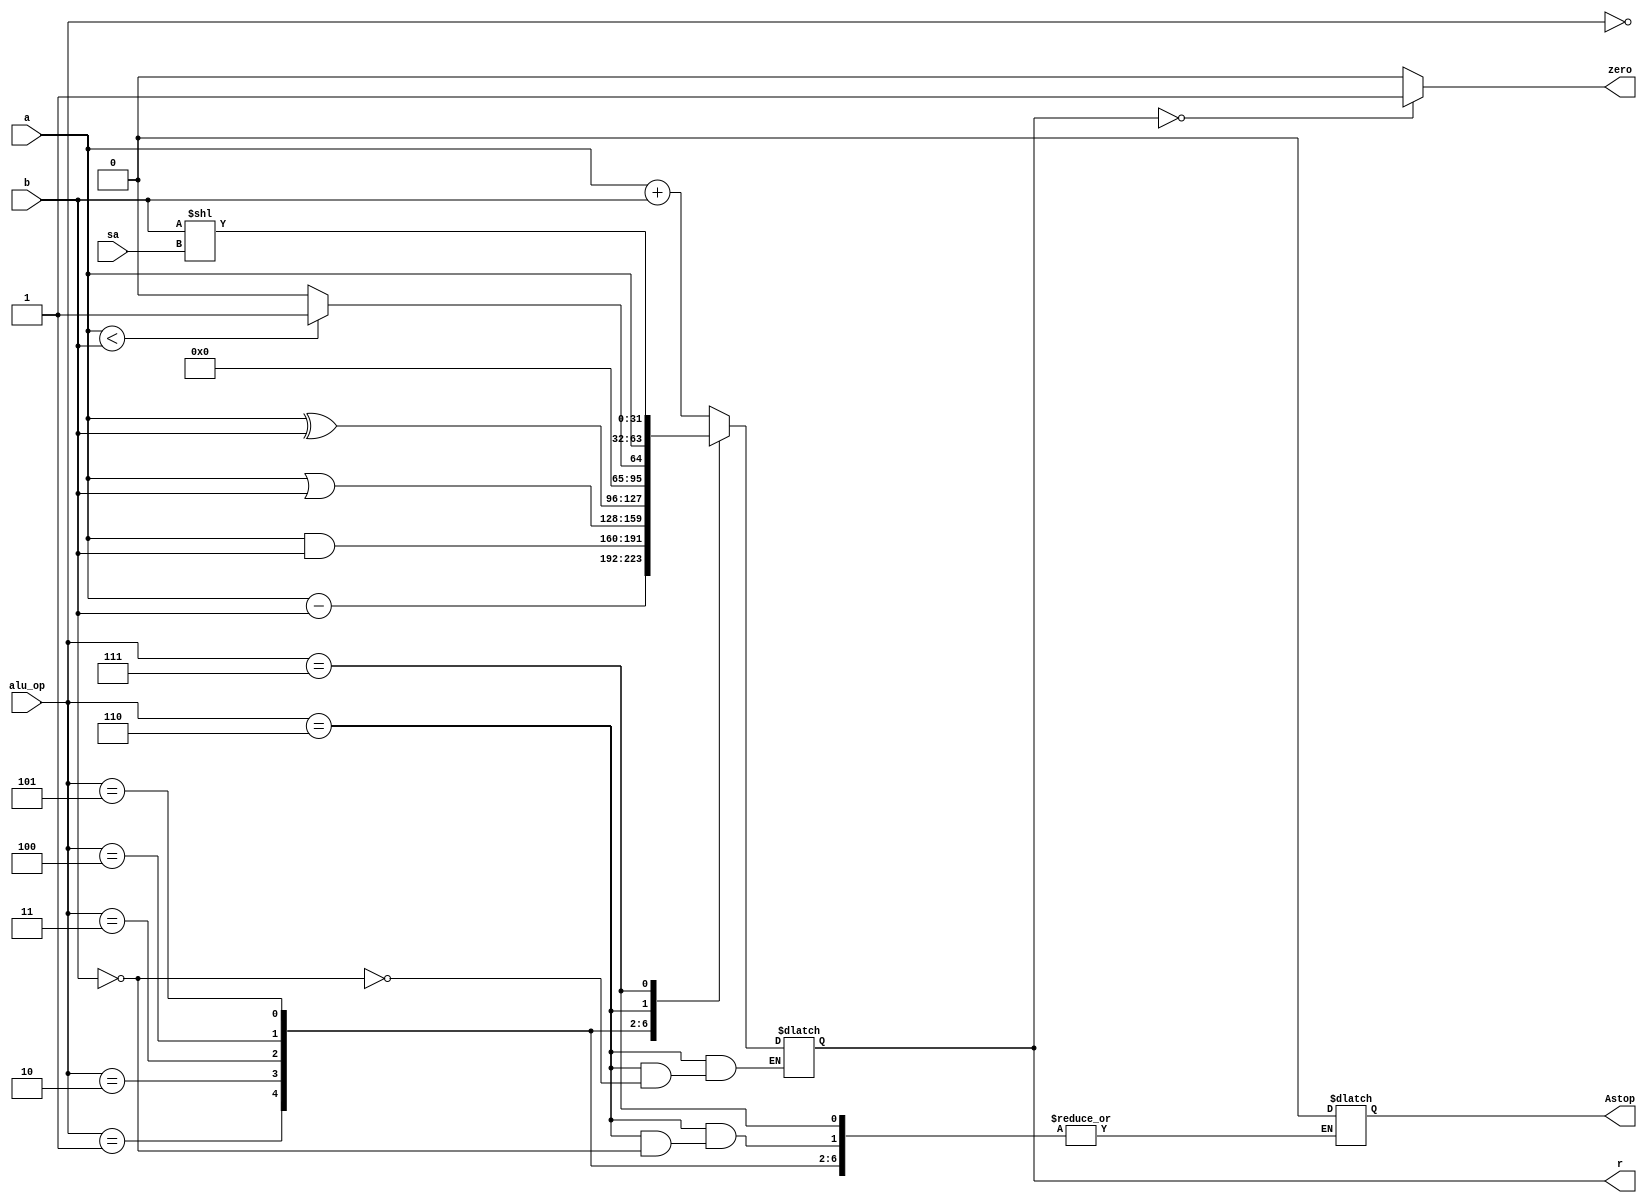
/******************************************************************************
* Function: ALU
*
* :
* - 
*
* :
* -  case 
* - 
*
******************************************************************************/

`timescale 1ns / 1ps

`define ADD     3'b000
`define SUB     3'b001
`define AND     3'b010
`define OR      3'b011
`define XOR     3'b100
`define SLT     3'b101
`define MOVZ    3'b110
`define SLL    3'b111

module alu(
    input [31:0] a,        // a
    input [31:0] b,        // b
    input [2:0]  alu_op,   // ALU
	input [4:0] sa,        // 
    output [31:0] r,       // 
    output zero,           // r1
	output reg Astop       // 
);

    reg [31:0] result;     // 

    always @ (*) begin
        case (alu_op)
            `ADD:          // 
                result = a + b;
            `SUB:          // 
                result = a - b;
            `AND:          // 
                result = a & b;
            `OR:           // 
                result = a | b;
            `XOR:          // 
                result = a ^ b;
            `SLT:          // 
                if (a < b) result = 1;
                else result = 0;
            `MOVZ:         // 
                if (b == 0) result = a;
                else Astop = 0; // b
            `SLL:          // 
                result = b << sa;
            default: ;     // 
        endcase
    end

    assign r = result;      // 
    assign zero = (r == 0) ? 1'b1 : 1'b0; // 
endmodule